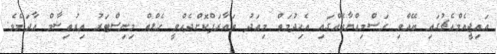
އައިޖީއެމްއެޗުގައި ބޭއްވި ރަސްމިއްޔާތެއްގައި އެހިދުމަތް މިއަދު ތައާރަފްކޮށްދެއްވީ ހެލްތް މިނިސްޓަރު އިރުތިޝާމް އާދަމެވެ.